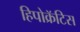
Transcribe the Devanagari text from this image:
हिपोक्रॅटिस